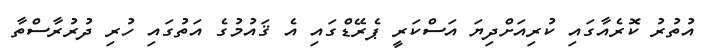
އުތުރު ކޮރެއާގައި ކުރިއަށްދިޔަ އަސްކަރީ ޕެރޭޑްގައި އެ ޤައުމުގެ އަތުގައި ހުރި ދުރުރާސްތާ